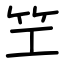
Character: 笁